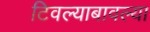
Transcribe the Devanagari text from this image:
टिवल्याबावल्या